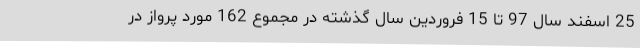
25 اسفند سال 97 تا 15 فروردین سال گذشته در مجموع 162 مورد پرواز در